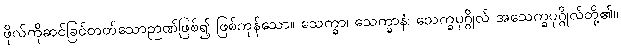
ဖိုလ်ကိုဆင်ခြင်တတ်သောဉာဏ်ဖြစ်၍ ဖြစ်ကုန်သော။ သေက္ခာ၊ သေက္ခာနံ၊ သေက္ခပုဂ္ဂိုလ် အသေက္ခပုဂ္ဂိုလ်တို့၏။